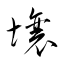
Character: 壌